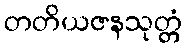
တတိယဇနသုတ္တံ